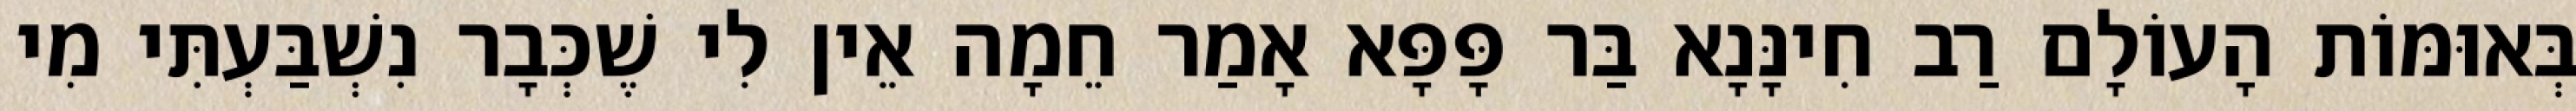
בְּאוּמּוֹת הָעוֹלָם רַב חִינָּנָא בַּר פָּפָּא אָמַר חֵמָה אֵין לִי שֶׁכְּבָר נִשְׁבַּעְתִּי מִי